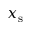
x _ { \mathrm { { s } } }